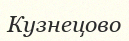
Кузнецово